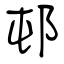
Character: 邨